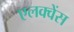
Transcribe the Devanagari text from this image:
एलक्वेंस